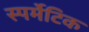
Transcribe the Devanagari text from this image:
स्पर्मेटिक